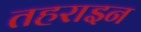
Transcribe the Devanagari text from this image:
तहराइन